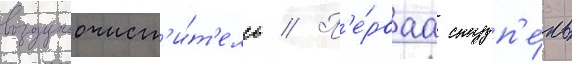
воздухоочист'и́т'ель // П'е́рваа ступ'е́нь